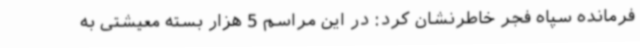
فرمانده سپاه فجر خاطرنشان کرد: در این مراسم 5 هزار بسته معیشتی به